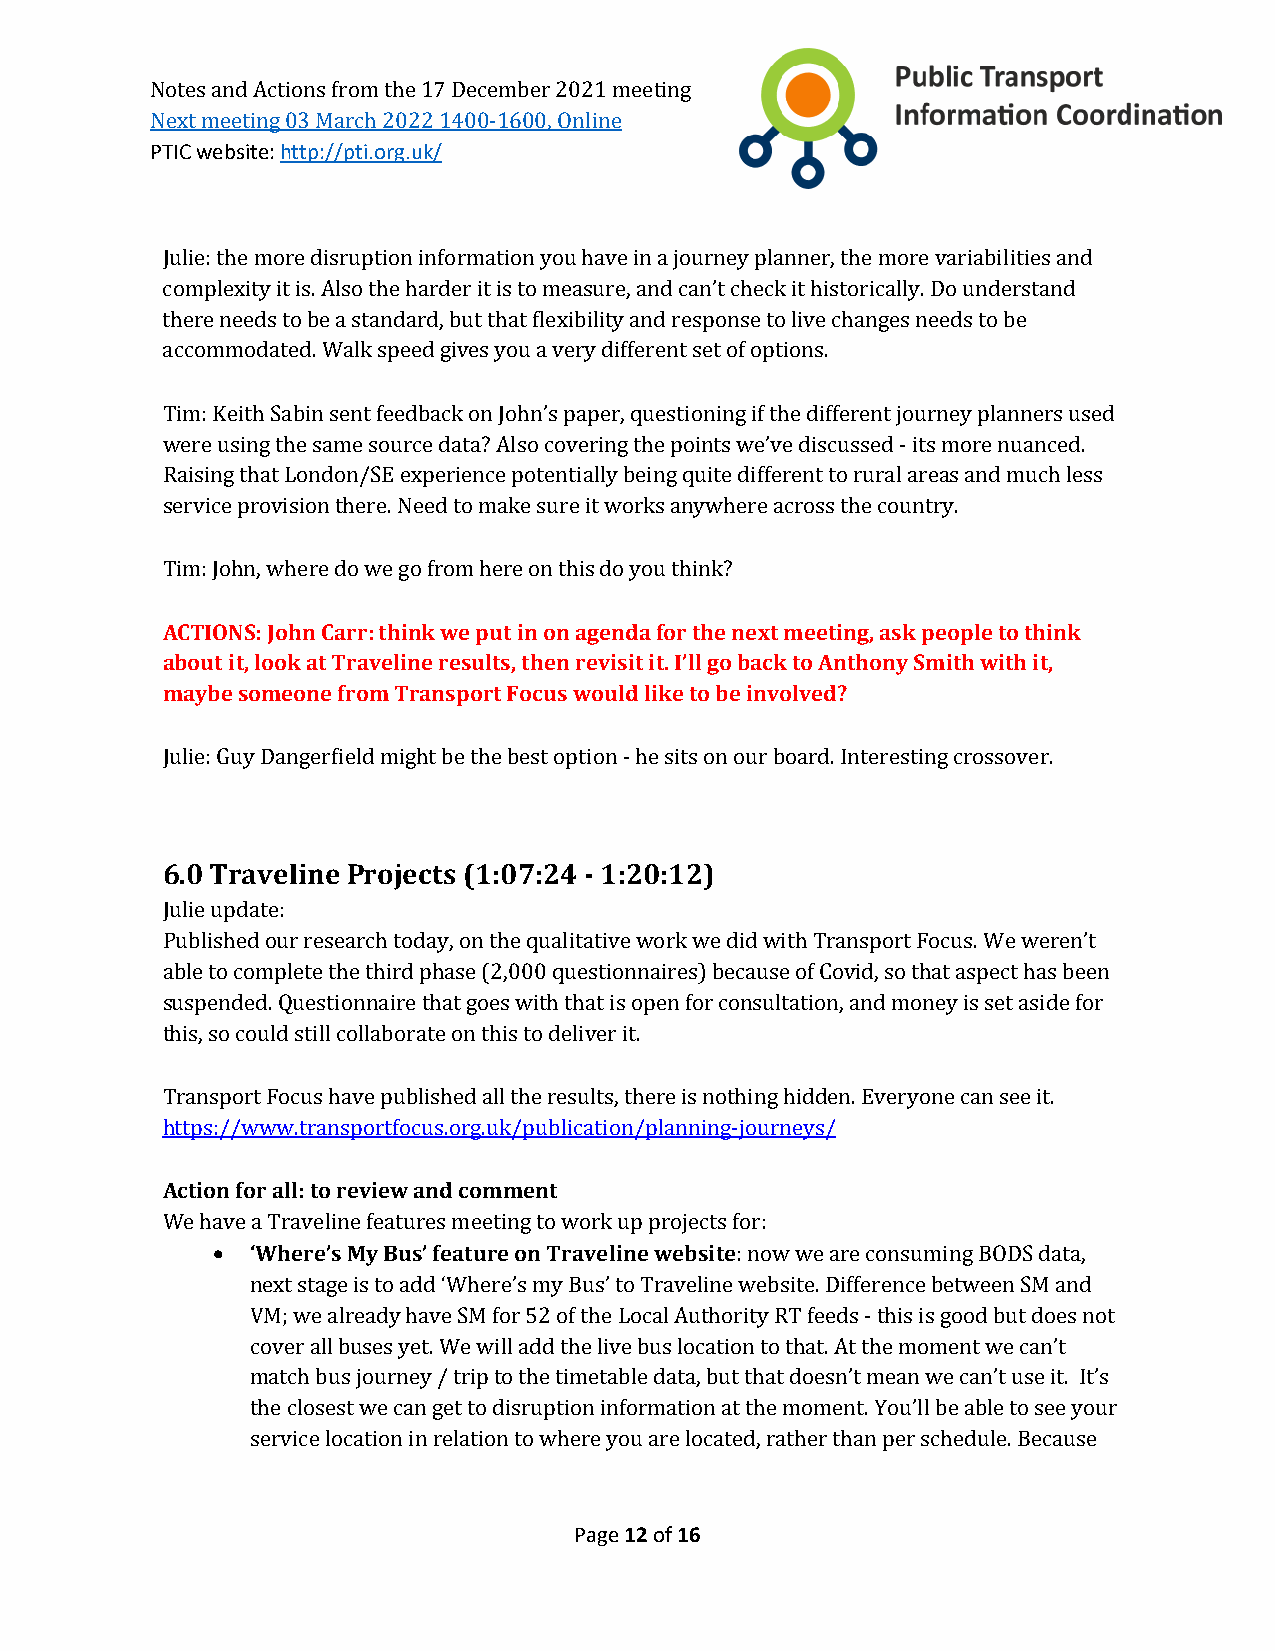
Notes and Actions from the 17 December 2021 meeting
 PTIC website: http://pti.org.uk/
 Next meeting 03 March 2022 1400-1600, Online
 Julie: the more disruption information you have in a journey planner, the more variabilities and
 complexity it is. Also the harder it is to measure, and can’t check it historically. Do understand
 there needs to be a standard, but that flexibility and response to live changes needs to be
 accommodated. Walk speed gives you a very different set of options.
 Tim: Keith Sabin sent feedback on John’s paper, questioning if the different journey planners used
 were using the same source data? Also covering the points we’ve discussed - its more nuanced.
 Raising that London/SE experience potentially being quite different to rural areas and much less
 service provision there. Need to make sure it works anywhere across the country.
 Tim: John, where do we go from here on this do you think?
 ACTIONS: John Carr: think we put in on agenda for the next meeting, ask people to think
 about it, look at Traveline results, then revisit it. I’ll go back to Anthony Smith with it,
 maybe someone from Transport Focus would like to be involved?
 Julie: Guy Dangerfield might be the best option - he sits on our board. Interesting crossover.
 6.0 Traveline Projects (1:07:24 - 1:20:12)
 Julie update:
 Published our research today, on the qualitative work we did with Transport Focus. We weren’t
 able to complete the third phase (2,000 questionnaires) because of Covid, so that aspect has been
 suspended. Questionnaire that goes with that is open for consultation, and money is set aside for
 this, so could still collaborate on this to deliver it.
 Transport Focus have published all the results, there is nothing hidden. Everyone can see it.
 https://www.transportfocus.org.uk/publication/planning-journeys/
 Action for all: to review and comment
 •  ‘Where’s My Bus’ feature on Traveline website
 We have a Traveline features meeting to work up projects for:
 : now we are consuming BODS data,
 next stage is to add ‘Where’s my Bus’ to Traveline website. Difference between SM and
 VM; we already have SM for 52 of the Local Authority RT feeds - this is good but does not
 cover all buses yet. We will add the live bus location to that. At the moment we can’t
 match bus journey / trip to the timetable data, but that doesn’t mean we can’t use it. It’s
 the closest we can get to disruption information at the moment. You’ll be able to see your
 service location in relation to where you are located, rather than per schedule. Because
 Page 12 of 16